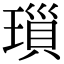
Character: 𤨏